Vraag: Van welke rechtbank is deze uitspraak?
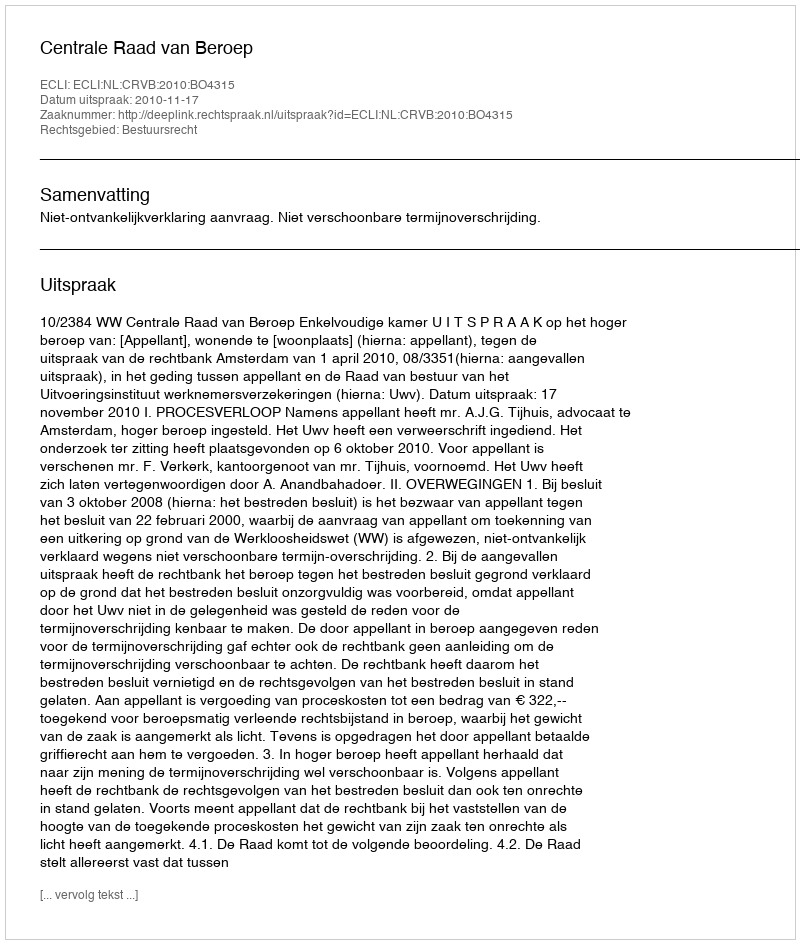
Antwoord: Centrale Raad van Beroep